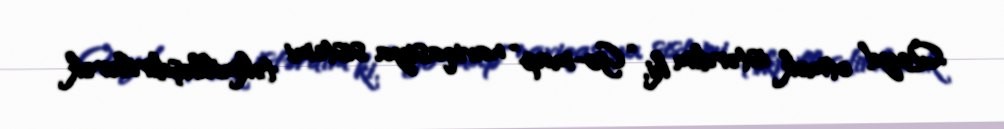
Qeyd etmək istərdim ki, “Go-map” naviqasiya sistemi təkmilləşdirilərək